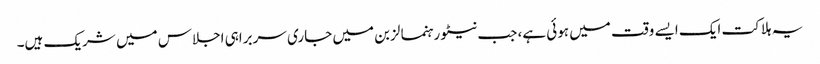
یہ ہلاکت ایک ایسے وقت میں ہوئی ہے، جب نیٹو رہنما لزبن میں جاری سربراہی اجلاس میں شریک ہیں۔